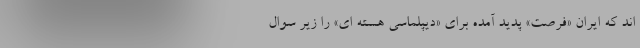
اند که ایران «فرصت» پدید آمده برای «دیپلماسی هسته ای» را زیر سوال